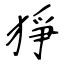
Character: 猙